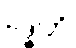
ဗဒ္ဓါတိ